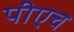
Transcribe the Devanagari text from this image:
पीएच